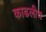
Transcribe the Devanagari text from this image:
काढलीच